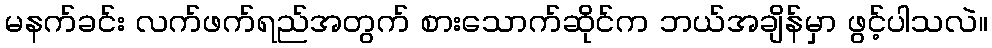
မနက်ခင်း လက်ဖက်ရည်အတွက် စားသောက်ဆိုင်က ဘယ်အချိန်မှာ ဖွင့်ပါသလဲ။